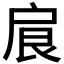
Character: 𢩆